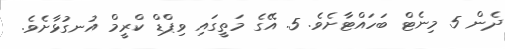
ދެން 5 މިނެޓް ބަހައްޓާށެވެ. 5. އޭގެ މަތީގައި ވިޕްޑް ކްރީމް އުނގުޅާށެވެ.